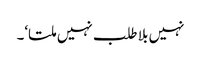
نہیں بلا طلب نہیں ملتا‘۔